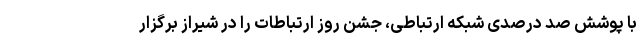
با پوشش صد درصدی شبکه ارتباطی، جشن روز ارتباطات را در شیراز برگزار